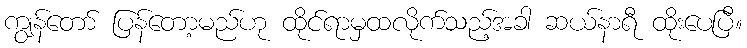
ကျွန်တော် ပြန်တော့မည်ဟု ထိုင်ရာမှထလိုက်သည့်အခါ ဆယ်နာရီ ထိုးပေပြီ။